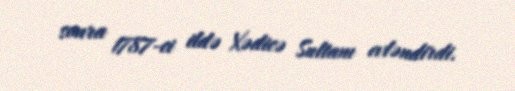
sonra 1787-ci ildə Xədicə Sultanı evləndirdi.